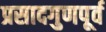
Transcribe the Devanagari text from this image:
प्रसादगुणपूर्व